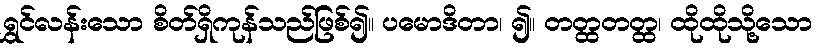
ရွှင်လန်းသော စိတ်ရှိကုန်သည်ဖြစ်၍။ ပမောဒိတာ၊ ၍။ တတ္ထတတ္ထ၊ ထိုထိုသို့သော